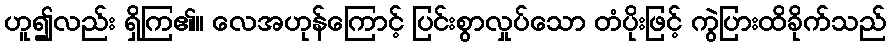
ဟူ၍လည်း ရှိကြ၏။ လေအဟုန်ကြောင့် ပြင်းစွာလှုပ်သော တံပိုးဖြင့် ကွဲပြားထိခိုက်သည်